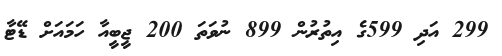
299 އަދި 599ގެ އިތުރުން 899 ނުވަތަ 200 ޖީބީއާ ހަމައަށް ޑޭޓާ